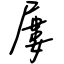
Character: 屢